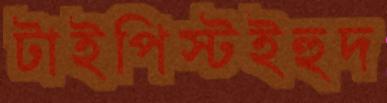
টাইপিস্টইহুদ